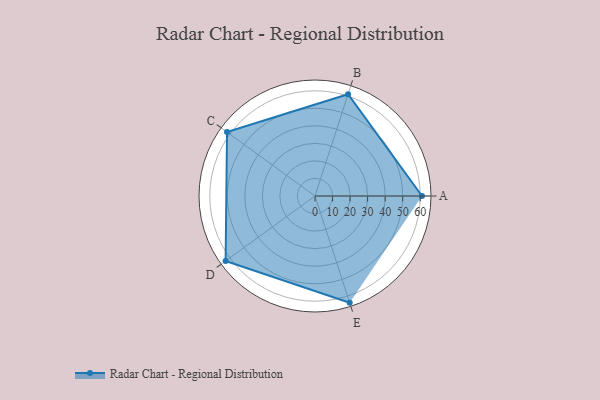
{"axis": {"x": "Skill", "y": "Score"}, "legend": ["Profile"], "data": [{"x": "A", "y": 61.0, "type": "Profile"}, {"x": "B", "y": 61.0, "type": "Profile"}, {"x": "C", "y": 62.0, "type": "Profile"}, {"x": "D", "y": 63.0, "type": "Profile"}, {"x": "E", "y": 64.0, "type": "Profile"}]}